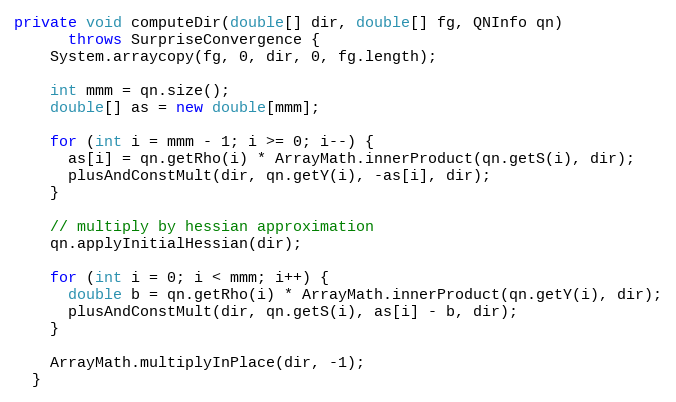
Language: Java
private void computeDir(double[] dir, double[] fg, QNInfo qn)
      throws SurpriseConvergence {
    System.arraycopy(fg, 0, dir, 0, fg.length);

    int mmm = qn.size();
    double[] as = new double[mmm];

    for (int i = mmm - 1; i >= 0; i--) {
      as[i] = qn.getRho(i) * ArrayMath.innerProduct(qn.getS(i), dir);
      plusAndConstMult(dir, qn.getY(i), -as[i], dir);
    }

    // multiply by hessian approximation
    qn.applyInitialHessian(dir);

    for (int i = 0; i < mmm; i++) {
      double b = qn.getRho(i) * ArrayMath.innerProduct(qn.getY(i), dir);
      plusAndConstMult(dir, qn.getS(i), as[i] - b, dir);
    }

    ArrayMath.multiplyInPlace(dir, -1);
  }